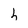
Character: h